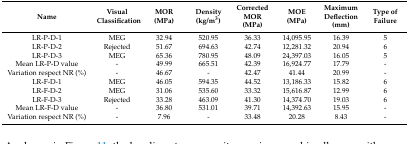
<table><thead><tr><td><b>Name</b></td><td><b>Visual Classification</b></td><td><b>MOR (MPa)</b></td><td><b>Density (kg/m<sup>3</sup>)</b></td><td><b>Corrected MOR(MPa)</b></td><td><b>MOE(MPa)</b></td><td><b>Maximum Deflection (mm)</b></td><td><b>Type of Failure</b></td></tr></thead><tbody><tr><td>LR-P-D-1</td><td>MEG</td><td>32.94</td><td>520.95</td><td>36.33</td><td>14,095.95</td><td>16.39</td><td>5</td></tr><tr><td>LR-P-D-2</td><td>Rejected</td><td>51.67</td><td>694.63</td><td>42.74</td><td>12,281.32</td><td>20.94</td><td>6</td></tr><tr><td>LR-P-D-3</td><td>MEG</td><td>65.36</td><td>780.95</td><td>48.09</td><td>24,397.03</td><td>16.05</td><td>5</td></tr><tr><td>Mean LR-P-D value</td><td>-</td><td>49.99</td><td>665.51</td><td>42.39</td><td>16,924.77</td><td>17.79</td><td>-</td></tr><tr><td>Variation respect NR (%)</td><td>-</td><td>46.67</td><td>-</td><td>42.47</td><td>41.44</td><td>20.99</td><td>-</td></tr><tr><td>LR-F-D-1</td><td>MEG</td><td>46.05</td><td>594.35</td><td>44.52</td><td>13,186.33</td><td>15.82</td><td>6</td></tr><tr><td>LR-F-D-2</td><td>MEG</td><td>31.06</td><td>535.60</td><td>33.32</td><td>15,616.87</td><td>12.99</td><td>6</td></tr><tr><td>LR-F-D-3</td><td>Rejected</td><td>33.28</td><td>463.09</td><td>41.30</td><td>14,374.70</td><td>19.03</td><td>6</td></tr><tr><td>Mean LR-F-D value</td><td>-</td><td>36.80</td><td>531.01</td><td>39.71</td><td>14,392.63</td><td>15.95</td><td>-</td></tr><tr><td>Variation respect NR (%)</td><td>-</td><td>7.96</td><td>-</td><td>33.48</td><td>20.28</td><td>8.43</td><td>-</td></tr></tbody></table>